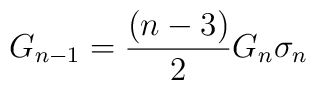
G_{n-1}=\frac{(n-3)}{2}G_n \sigma_n